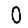
Digit: 0